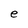
Character: e